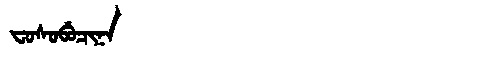
Manchu: ᠸᠣᠰᠣᠪᡠᠴᡳᠨᠠ
Romanization: FOSOBUCINA